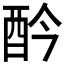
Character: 𨟹